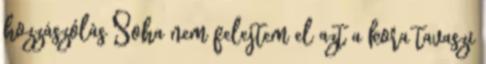
hozzászólás Soha nem felejtem el azt a kora tavaszi